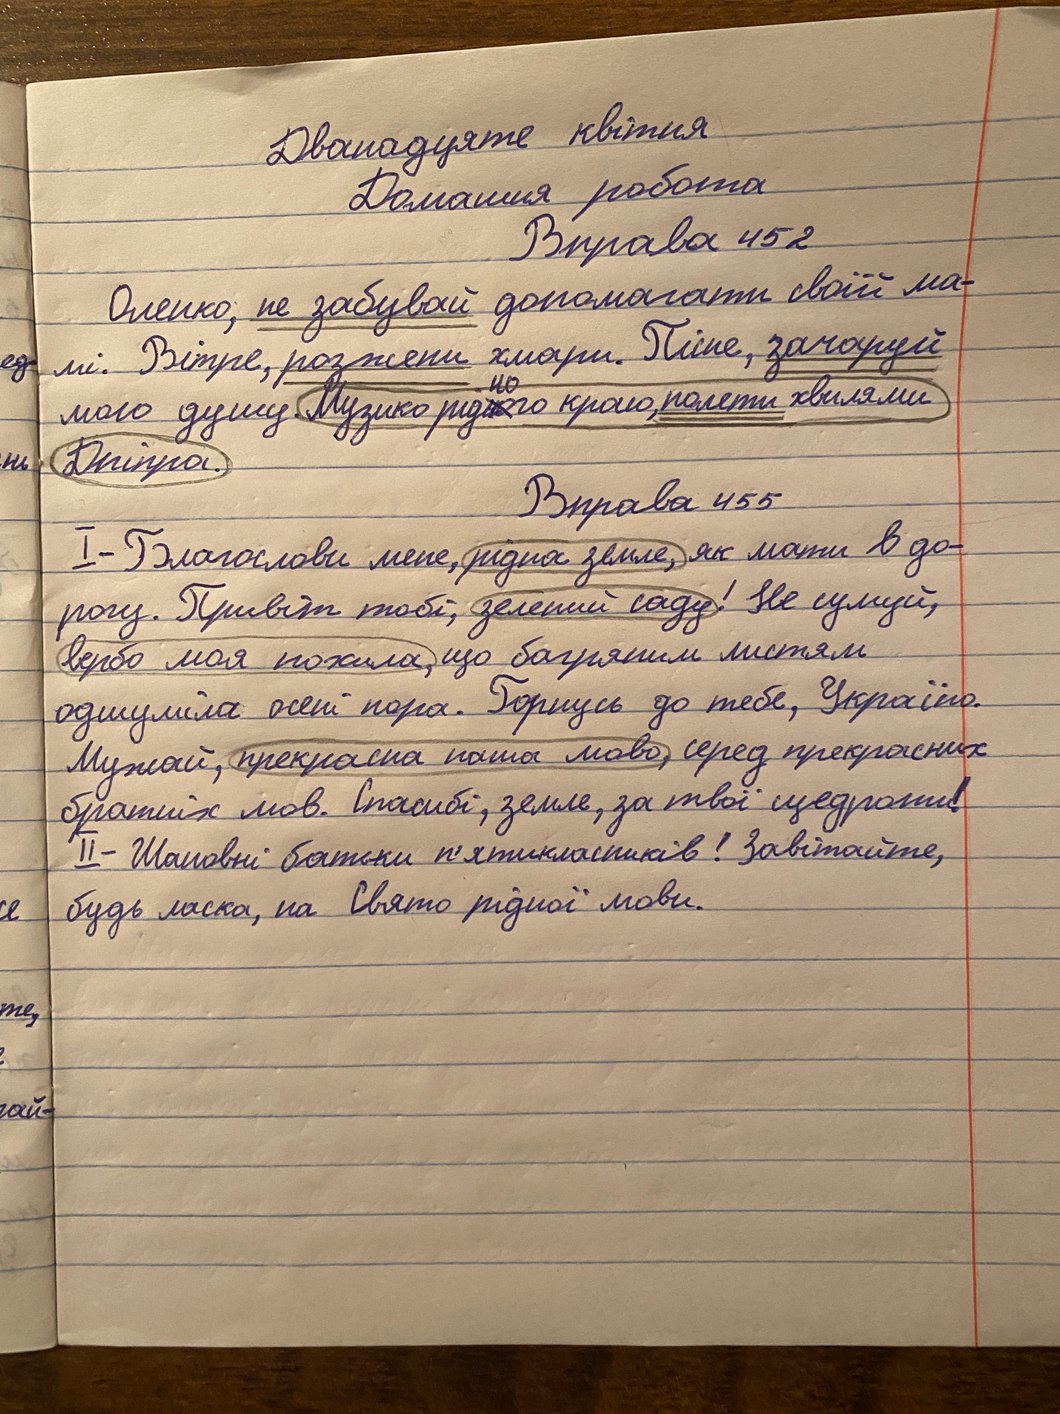
Дванадцяте квітня
Домашня робота
Вправа 452
Оленко, не забувай допомагати своїй ма-
мі. Вітре, розжени хмари. Пісне, зачаруй
мою душу. Музико рідного краю, полети хвилями
Дніпра.
Вправа 455
I - Благослови мене, рідна земле, як мати в до-
рогу. Привіт тобі, зелений саду! Не сумуй,
вербо моя похила, що багряним листям
одшуміла осені пора. Горнусь до тебе, Україно.
Мужай, прекрасна наша мово, серед прекрасних
братніх мов. Спасибі, земле, за твої щедроти!
II - Шановні батьки п'ятикласників! Завітайте,
будь ласка, на Свято рідної мови.